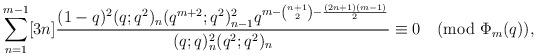
LaTeX: \begin{align*}\sum_{n=1}^{m-1}[3n]\frac{(1-q)^2(q;q^2)_{n}(q^{m+2};q^2)_{n-1}^2 q^{m-{n+1\choose 2}-\frac{(2n+1)(m-1)}{2}} }{(q;q)_{n}^2 (q^2;q^2)_{n}}\equiv 0\pmod{\Phi_m(q)},\end{align*}